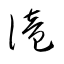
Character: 滝